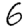
Digit: 6